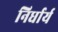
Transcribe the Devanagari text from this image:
निर्धार्य